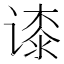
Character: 𬤘